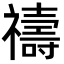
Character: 禱